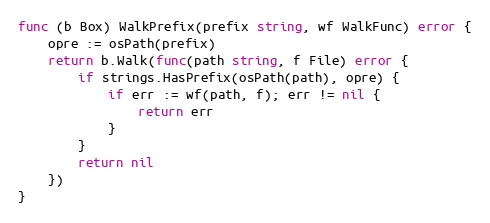
Language: Go
func (b Box) WalkPrefix(prefix string, wf WalkFunc) error {
	opre := osPath(prefix)
	return b.Walk(func(path string, f File) error {
		if strings.HasPrefix(osPath(path), opre) {
			if err := wf(path, f); err != nil {
				return err
			}
		}
		return nil
	})
}